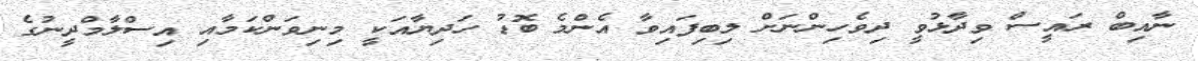
ނާއިބް ރައީސް ވިދާޅުވީ ދިވެހިންނަށް ލިބިފައިވާ އެންމެ ބޮޑު ހަދިޔާއަކީ މިނިވަންކަމާއި އިސްލާމްދީނުގެ